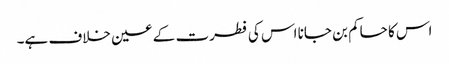
اس کا حاکم بن جانا اس کی فطرت کے عین خلاف ہے۔